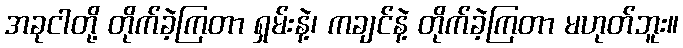
အခုငါတို့ တိုက်ခဲ့ကြတာ ရှမ်းနဲ့၊ ကချင်နဲ့ တိုက်ခဲ့ကြတာ မဟုတ်ဘူး။